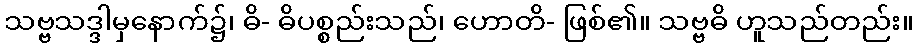
သဗ္ဗသဒ္ဒါမှနောက်၌၊ ဓိ- ဓိပစ္စည်းသည်၊ ဟောတိ- ဖြစ်၏။ သဗ္ဗဓိ ဟူသည်တည်း။